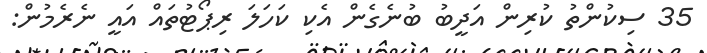
35 ސިކުންތު ކުރިން އަދީބު ބުނެގެން އެކި ކަހަލަ ރިޕޯޓުތައް އައީ ނެރެމުން: